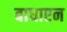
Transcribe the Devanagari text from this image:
बाधाएन